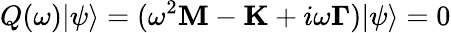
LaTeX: Q(\omega)|\psi\rangle=(\omega^{2}\mathbf{M}-\mathbf{K}+i\omega\mathbf{\Gamma})|\psi\rangle=0